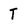
Character: T